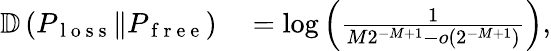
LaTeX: \begin{array}{rl}{\mathbb{D}\left(P_{\mathrm{~l~o~s~s~}}\Vert P_{\mathrm{~f~r~e~e~}}\right)}&{{}=\log\left(\frac{1}{M2^{-M+1}-o\left(2^{-M+1}\right)}\right),}\end{array}